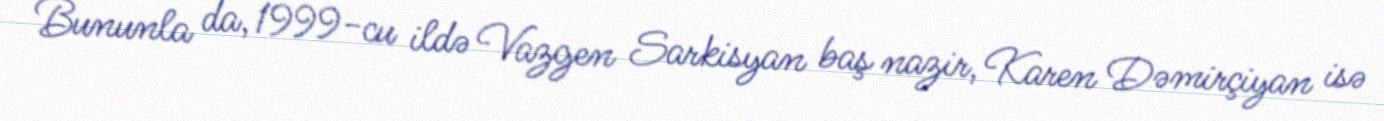
Bununla da, 1999-cu ildə Vazgen Sarkisyan baş nazir, Karen Dəmirçiyan isə